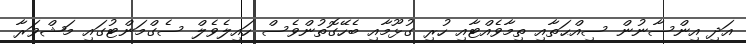
އަދި އިންސާނުން ސިއްޙަތާއި ތިމާވެއްޓާއި ހުރި ގުޅޫމާއި ބެހޭގޮތުންވެސް ހައިލެވެލް ސެގްމަންޓުގައި މަޝްވަރާ